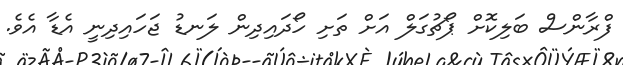
ފްރާންސް ބަލިކޮށް ޕޯޗުގަލް އަށް ތަށި ހޯދައިދިން ލަނޑު ޖަހައިދިނީ އެޑާ އެވެ.